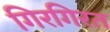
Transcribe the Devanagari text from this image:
गिरगिरत